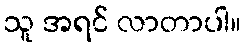
သူ အရင် လာတာပါ။